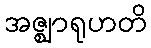
အဇ္ဈာရုဟတိ